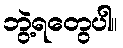
ဘွဲ့ရတွေပါ။